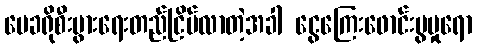
မေခရိုစီးပွားရေးတည်ငြိမ်လာတဲ့အခါ ငွေကြေးဖောင်းပွမှုရော